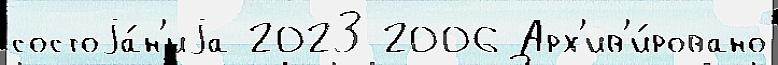
состоjа́н'иjа 2023 2006 Арх'ив'и́ровано